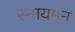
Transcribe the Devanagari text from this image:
स्नायमन